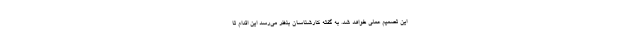
این تصمیم عملی خواهد شد. به گفته کارشناسان بنظر می‌رسد این اقدام تا